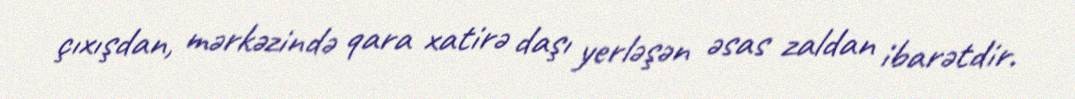
çıxışdan, mərkəzində qara xatirə daşı yerləşən əsas zaldan ibarətdir.